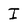
Character: I